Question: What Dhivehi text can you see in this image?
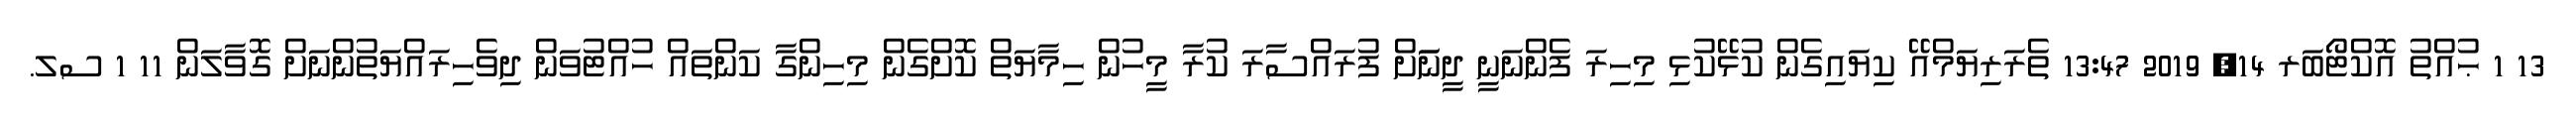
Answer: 13 1 ޙުއްތު އޮކްޓޯބަރ 14, 2019 13:47 ތެރަރިޔަމްއޭ ކިޔައިގެން ކުޅޭކުޅި މިހިރަ ފެންނަނީ ދީނަަށް ފުރައްސާރަ ކުރާ މީހުން ހިމާޔަތް ކޮށްގެން މިހިންގާ ކަންތައް ހުއްޓުވަން ދިވެހިރައްޔަތުންނަށް ގޮވާލަން 11 1 ސލ.